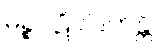
မဉ္စပဋိပါဒကန္တိ